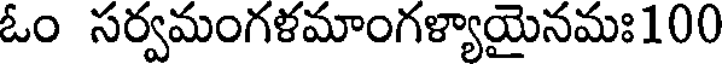
ఓం సర్వమంగళమాంగళ్యాయైనమః100